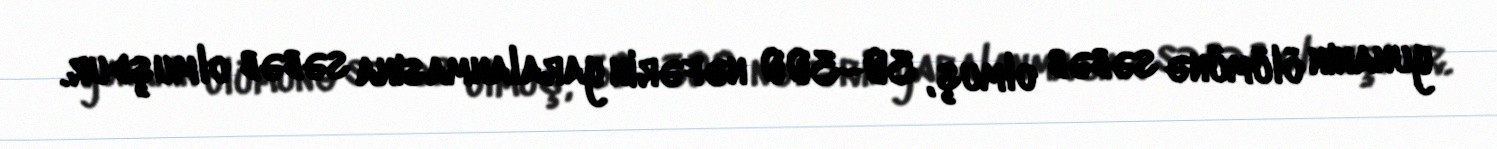
yunanın ölümünə səbəb olmuş, 30–300 nəfərin yaralanmasına səbəb olmuşdur.